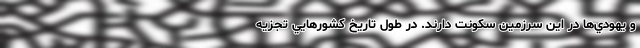
و يهودي‌ها در اين سرزمين سکونت دارند. در طول تاريخ کشورهايي تجزيه